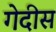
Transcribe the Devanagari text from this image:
गेदीस